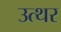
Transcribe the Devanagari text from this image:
उत्थर